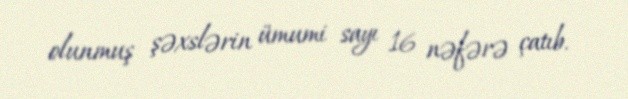
olunmuş şəxslərin ümumi sayı 16 nəfərə çatıb.